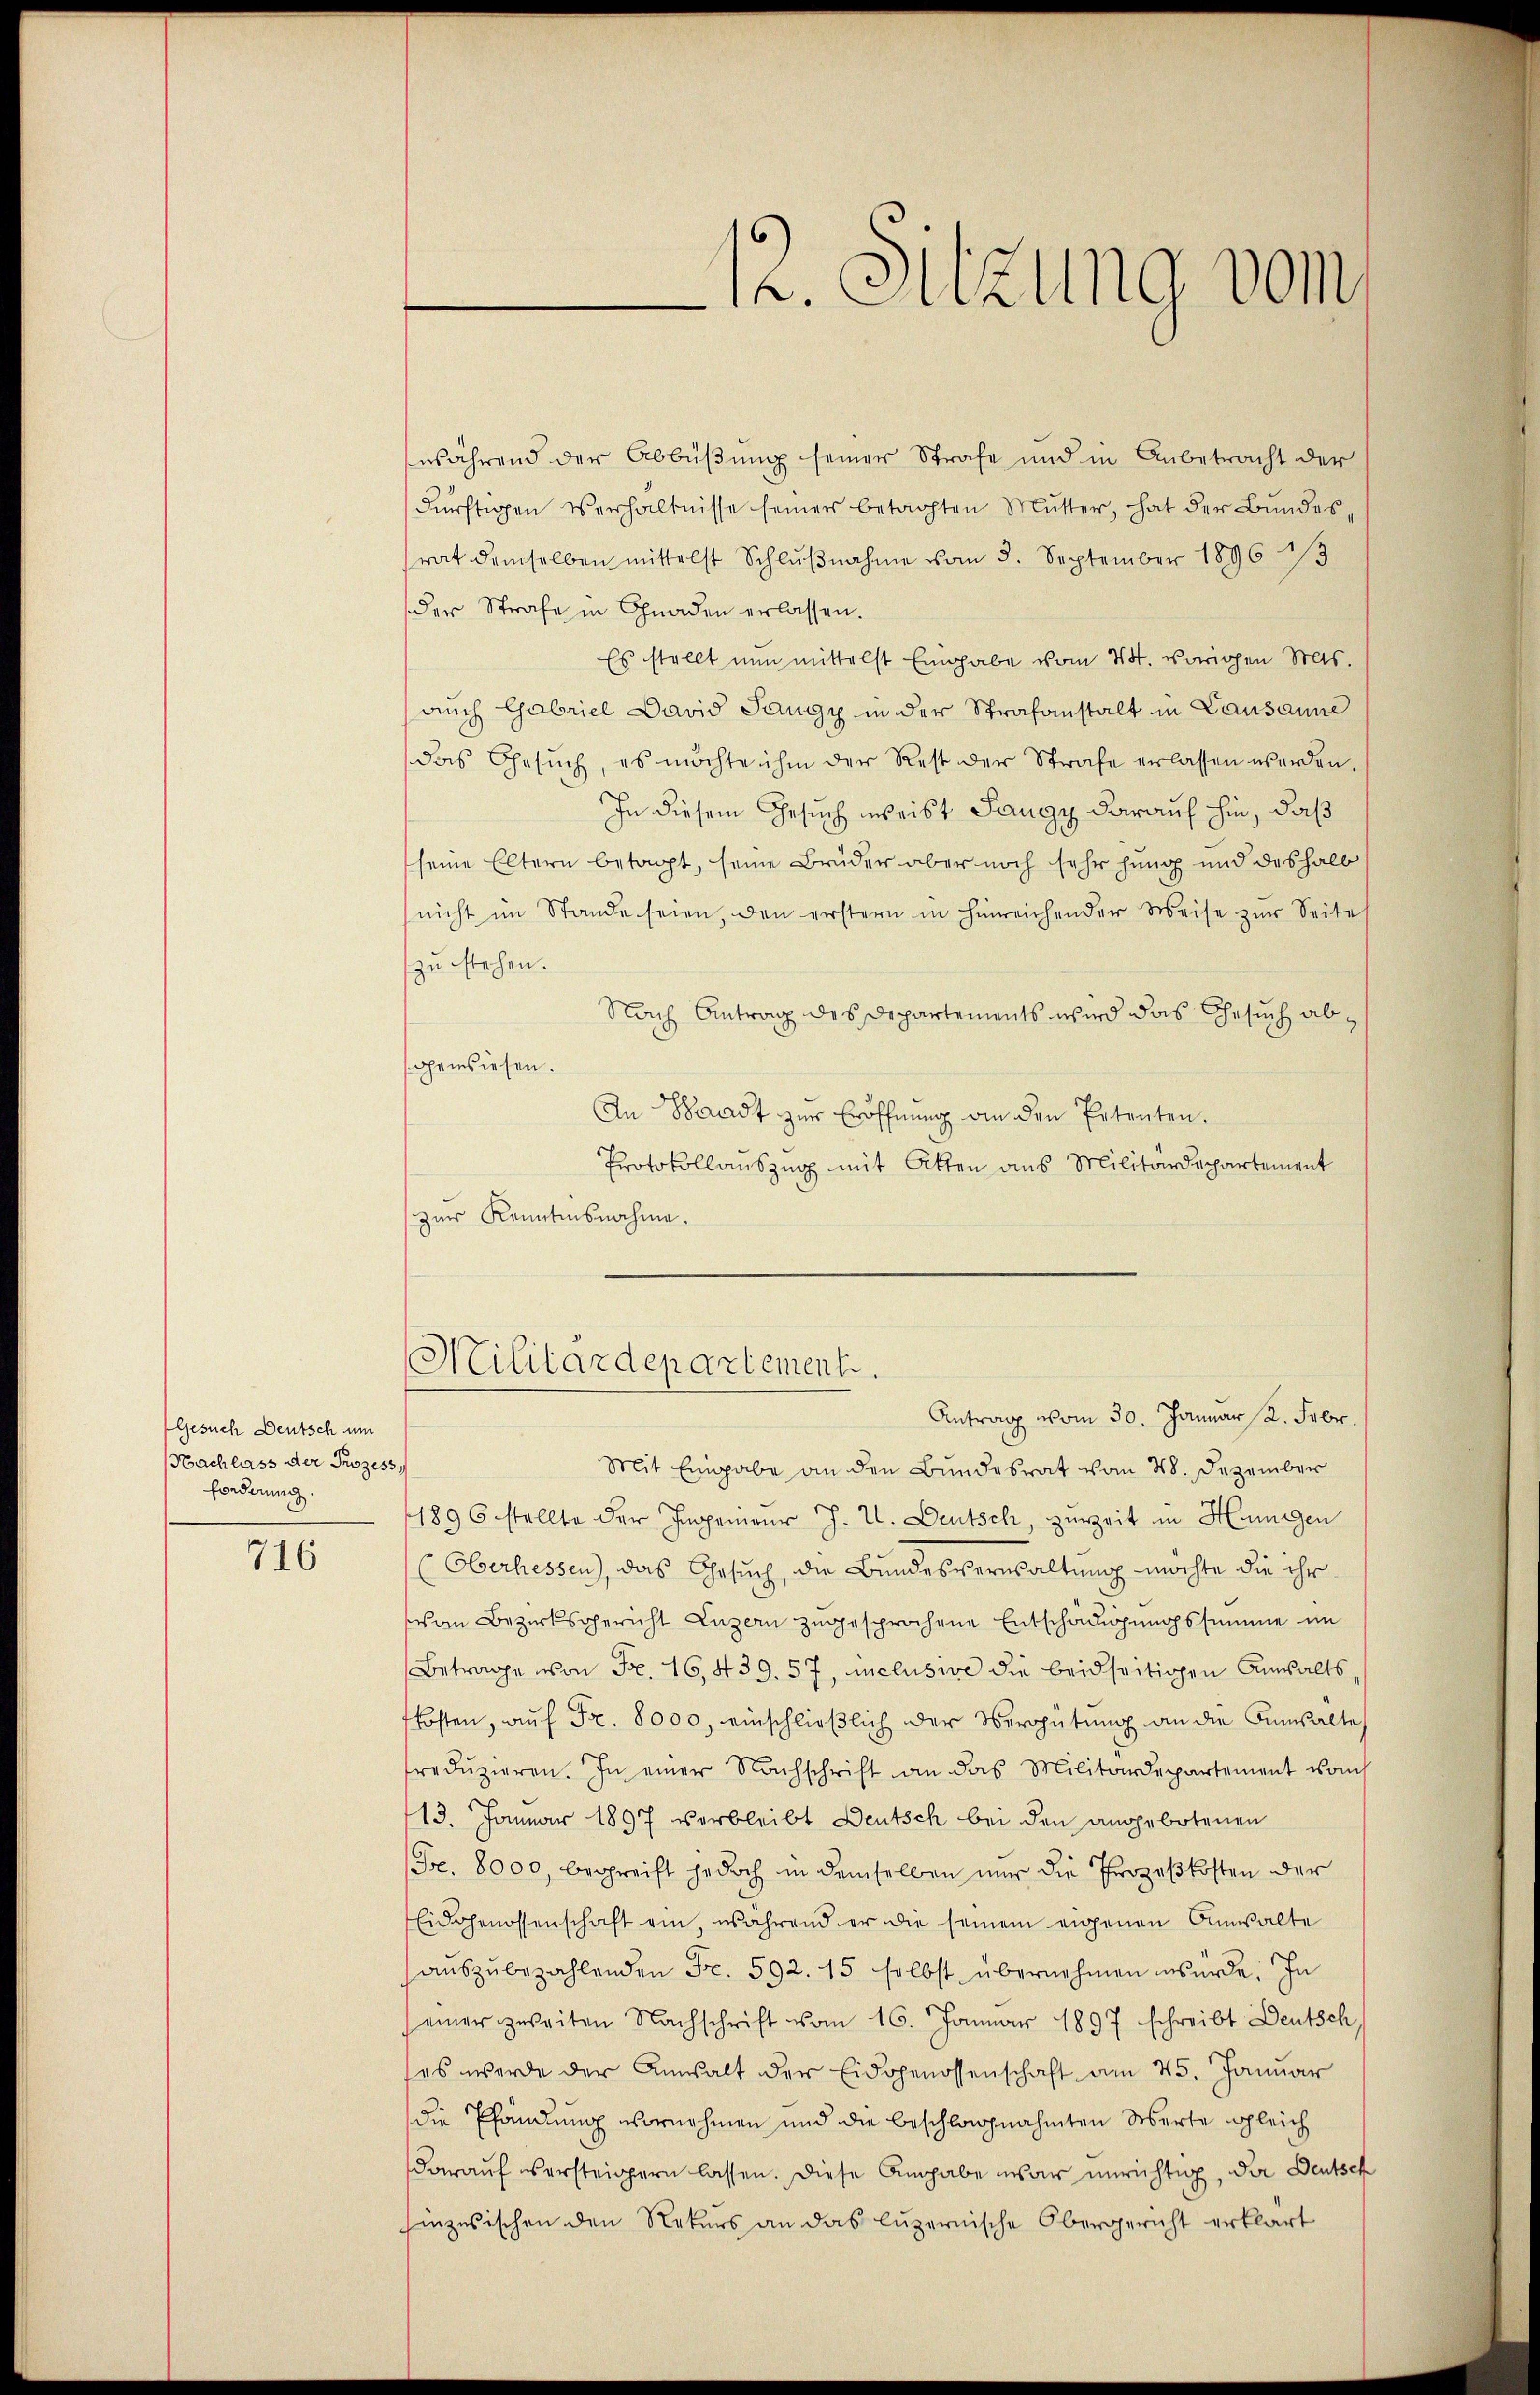
Gesuch Deutsch um
Nachlass der Prozess
forderung.

716

während der Abbüßung seiner Strafe und in Anbetracht der
dürftigen Verhältnisse seiner betachten Mutter, hat der Bundesrat demselben mittelst Schlŭβnahme vom 5. September 1896 1/3
der Strafe in Gnaden erlassen.
Es stellt nun mittelst Eingabe vom 24. vorigen Mas
aŭch Gabriel David Sangy in der Strafanstalt in Lausanne
das Gesŭch, es möchte ihm der Rest der Strafe erlassen werden.
In diesem Gesuch weist Sangy darauf hin, daß
seine Eltern betagt, seine Brüder aber noch sehr hing und deshalb
nicht im Stande seien, den erstern in hinreichender Weise zŭr Seite
zu stehen.
Nach Antrag des Departements wird das Gesuch abgewiesen.
An Waadt zur Eröffnung an den Petenten.
Protokollauszug mit Atten aus Militärdepartement
zur Kenntnisnahme.
Militärdepartement.
Antrag vom 30. Januar 2. Febr.
Mit Eingabe an den Bundesrat vom 28. Dezember
1896 stellte der Ingenieur J. U. Deutsch, zurzeit in Hungen
(Oberhessen), das Gesuch, die Bundesverwaltung möchte die ihr
van Bezirksgericht Luzern zugesprochene Entschädigungssumme im
Betrage von Fr. 16, 439. 57, inclusie die beidseitigen Anwalts
kosten, auf Fr. 8000, einschließlich der Vergütung an die Anhalte
redŭzieren. In einer Nachschrift an das Militärdepartement vom
13. Januar 1897 verbleibt Deutsch bei den angebotenen
(Fr. 8000, begreift jedoch in demselben nur die Prozeßkosten der
Eidgenossenschaft ein, während er die seinem eigenen Anwalte
aŭszŭbezahlenden Fr. 592. 15 selbst übernehmen würde. In
einer zweiten Nachschrift vom 16. Januar 1897 schreibt Deutsch
ses werde der Anwalt der Eidgenossenschaft am 25. Januar
die Pfändung vornehmen und die beschlagnahmten Werte gleich
darauf versteigern lassen. Diese Angabe war unrichtig, der Deutsch
sanzesischen den Rekurs an das luzernische Obergericht erklärt

12. Sitzung vom